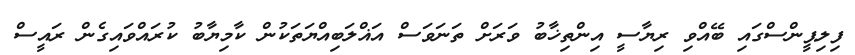
ފިލިޕީންސްގައި ބޭއްވި ރިޔާސީ އިންތިޚާބު ވަރަށް ތަނަވަސް އަޣްލަބިއްޔަތަކުން ކާމިޔާބު ކުރައްވައިގެން ރައީސް